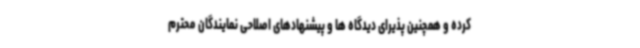
کرده و همچنین پذیرای دیدگاه ها و پیشنهادهای اصلاحی نمایندگان محترم